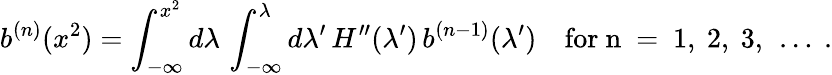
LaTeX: b^{(n)}(x^{2})=\int_{-\infty}^{x^{2}}d\lambda\, \int_{-\infty}^{\lambda}d\lambda^{\prime}\, H^{\prime\prime}(\lambda^{\prime})\, b^{(n-1)}(\lambda^{\prime})\quad\mathrm{for~n~=~1,~2,~3,~\dots~.}